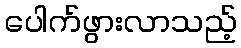
ပေါက်ဖွားလာသည့်